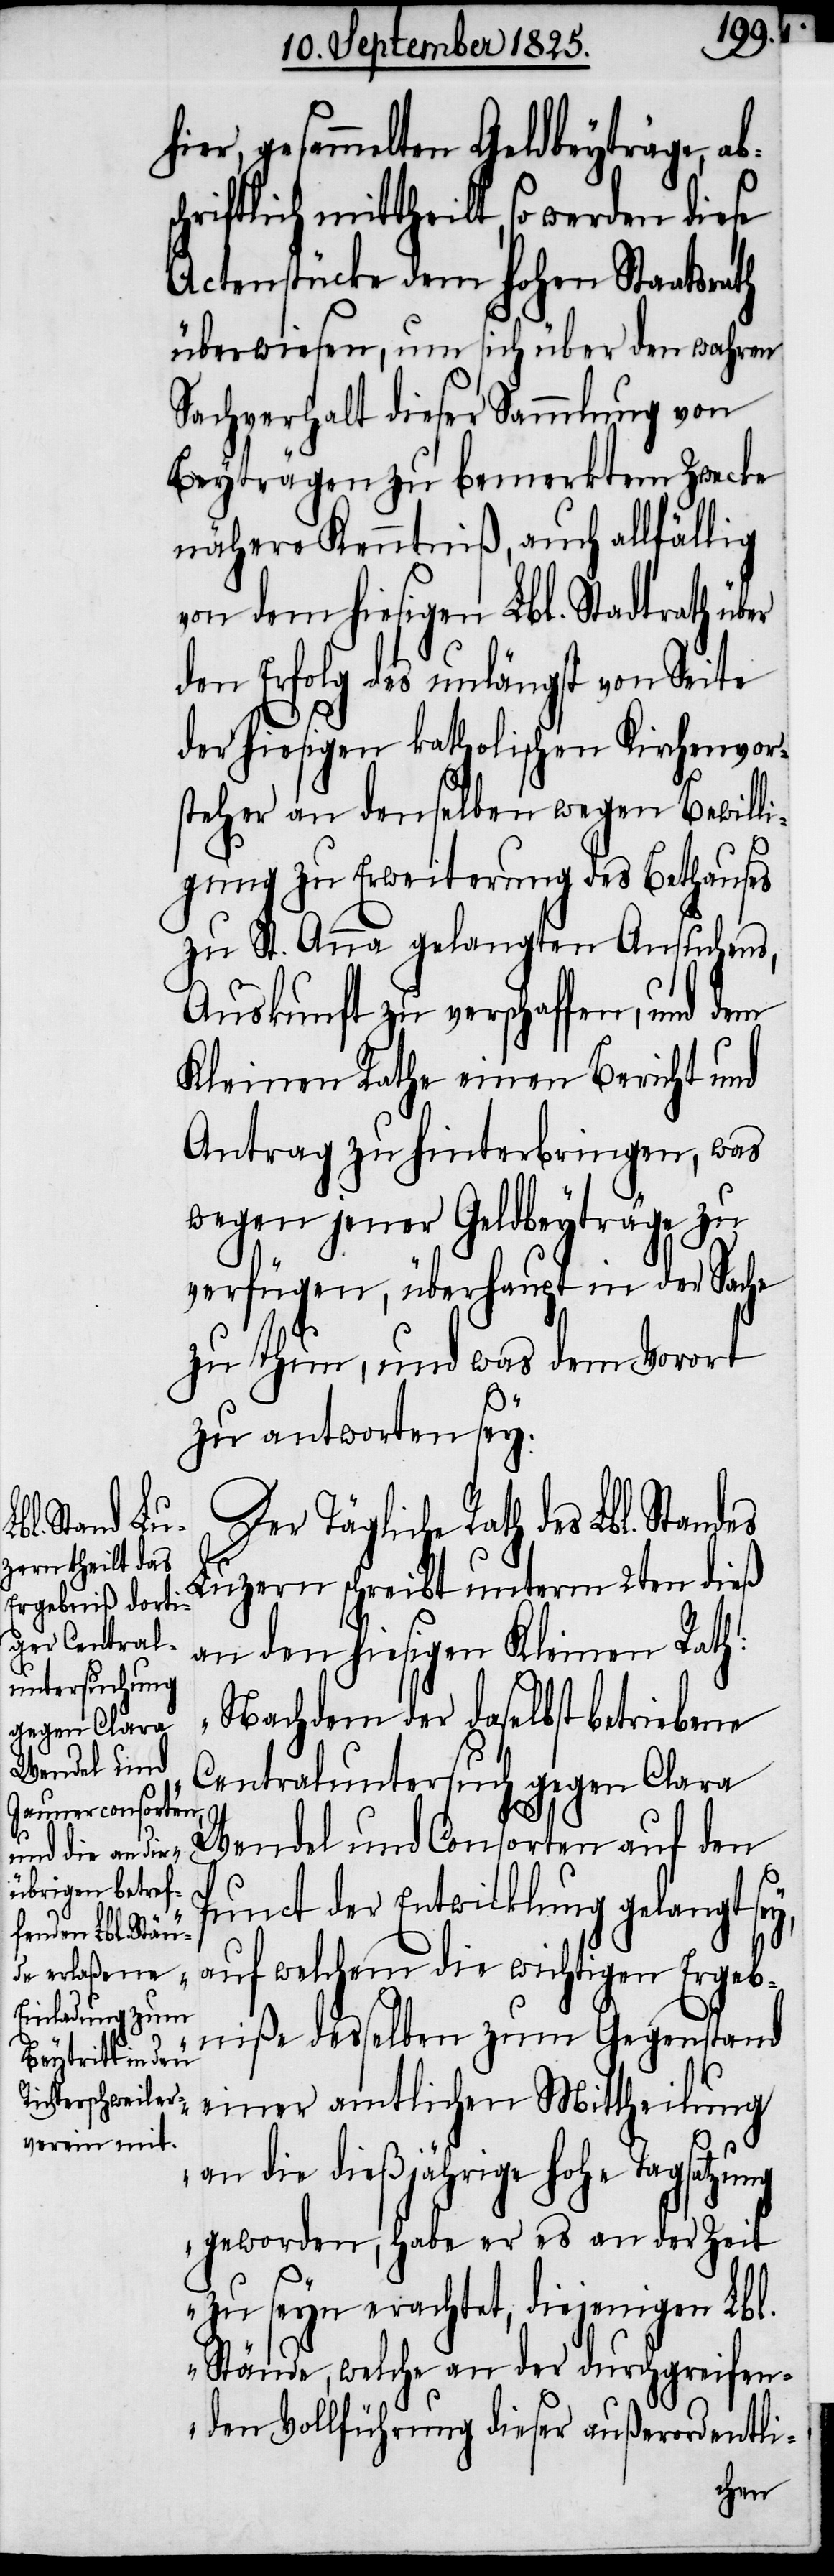
gesammelten Geldbeyträge,
mittheilt, so werden diese
Actenstücke dem hohen Staatsrath
überwiesen, um sich über den wahren
Sachverhalt dieser Sammlung von
Beyträgen zu bemerktem Zwecke
nähere Kenntniß, auch allfällig
von dem hiesigen Lbl. Stadtrath über
den Erfolg des unlängst von Seite
der hiesigen katholischen Kirchenvors¬
teher an denselben wegen Bewilli¬
gung zu Erweiterung des Bethauses
zu St. Anna gelangten Ansuchens,
Auskunft zu verschaffen, und dem
Kleinen Rathe einen Bericht und
Antrag zu hinterbringen, was
wegen jener Geldbeyträge zu
verfügen, überhaupt in der Sache
zu thun, und was dem Vorort
zu antworten sey.
Der Tägliche Rath des
Luzern schreibt unterm 2ten dieß
an den hiesigen Kleinen Rath:
„Nachdem der daselbst betriebene
Centraluntersuch gegen Clara
Wendel und Consorten auf den
Punct der Entwicklung gelangt sey,
auf welchem die wichtigen Ergeb¬
niße desselben zum Gegenstand
einer amtlichen Mittheilung
an die dießjährige hohe Tagsatzung
geworden, habe er es an der Zeit
zu seyn erachtet, diejenigen Lbl.
Stände, welche an der durchgreifen¬
den Vollführung dieser außerordentli-